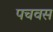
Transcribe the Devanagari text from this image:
पचवस